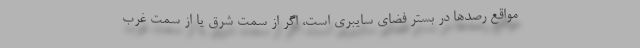
مواقع رصدها در بستر فضای سایبری است، اگر از سمت شرق یا از سمت غرب